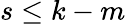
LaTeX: s\leq k-m